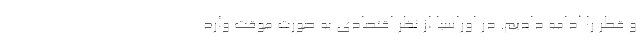
و قطر را ادامه دادیم. در اوراسیا از نظر اقتصادی به صورت موقت وارد